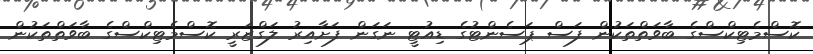
ކޮސްމެޓިކްސްގެ ބާވަތްތަކުން ފަސް ޕަސެންޓުގެ ޑިއުޓީ ނަގަން ފަށާއިރު ލަގްޒަރީ ކޮސްމެޓިކްސްގެ ބާވަތްތަކުން